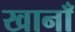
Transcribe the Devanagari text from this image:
खानाँ